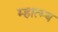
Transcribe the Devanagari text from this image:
म्हात्म्य